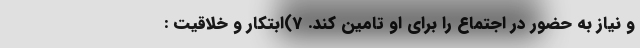
و نیاز به حضور در اجتماع را برای او تامین کند. 7)ابتکار و خلاقیت :